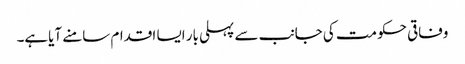
وفاقی حکومت کی جانب سے پہلی بار ایسا اقدام سامنے آیاہے۔